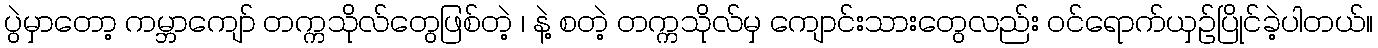
ပွဲမှာတော့ ကမ္ဘာကျော် တက္ကသိုလ်တွေဖြစ်တဲ့ ၊ နဲ့ စတဲ့ တက္ကသိုလ်မှ ကျောင်းသားတွေလည်း ဝင်ရောက်ယှဉ်ပြိုင်ခဲ့ပါတယ်။